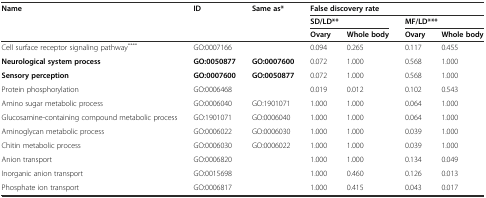
<table><thead><tr><td rowspan="3"><b>Name</b></td><td rowspan="3"><b>ID</b></td><td rowspan="3"><b>Same as*</b></td><td colspan="4"><b>False discovery rate</b></td></tr><tr><td colspan="2"><b>SD/LD**</b></td><td colspan="2"><b>MF/LD***</b></td></tr><tr><td><b>Ovary</b></td><td><b>Whole body</b></td><td><b>Ovary</b></td><td><b>Whole body</b></td></tr></thead><tbody><tr><td>Cell surface receptor signaling pathway<sup>****</sup></td><td>GO:0007166</td><td></td><td>0.094</td><td>0.265</td><td>0.117</td><td>0.455</td></tr><tr><td><b>Neurological system process</b></td><td><b>GO:0050877</b></td><td><b>GO:0007600</b></td><td>0.072</td><td>1.000</td><td>0.568</td><td>1.000</td></tr><tr><td><b>Sensory perception</b></td><td><b>GO:0007600</b></td><td><b>GO:0050877</b></td><td>0.072</td><td>1.000</td><td>0.568</td><td>1.000</td></tr><tr><td>Protein phosphorylation</td><td>GO:0006468</td><td></td><td>0.019</td><td>0.012</td><td>0.102</td><td>0.543</td></tr><tr><td>Amino sugar metabolic process</td><td>GO:0006040</td><td>GO:1901071</td><td>1.000</td><td>1.000</td><td>0.064</td><td>1.000</td></tr><tr><td>Glucosamine-containing compound metabolic process</td><td>GO:1901071</td><td>GO:0006040</td><td>1.000</td><td>1.000</td><td>0.064</td><td>1.000</td></tr><tr><td>Aminoglycan metabolic process</td><td>GO:0006022</td><td>GO:0006030</td><td>1.000</td><td>1.000</td><td>0.039</td><td>1.000</td></tr><tr><td>Chitin metabolic process</td><td>GO:0006030</td><td>GO:0006022</td><td>1.000</td><td>1.000</td><td>0.039</td><td>1.000</td></tr><tr><td>Anion transport</td><td>GO:0006820</td><td></td><td>1.000</td><td>1.000</td><td>0.134</td><td>0.049</td></tr><tr><td>Inorganic anion transport</td><td>GO:0015698</td><td></td><td>1.000</td><td>0.460</td><td>0.126</td><td>0.013</td></tr><tr><td>Phosphate ion transport</td><td>GO:0006817</td><td></td><td>1.000</td><td>0.415</td><td>0.043</td><td>0.017</td></tr></tbody></table>